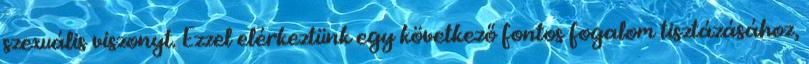
szexuális viszonyt. Ezzel elérkeztünk egy következő fontos fogalom tisztázásához,